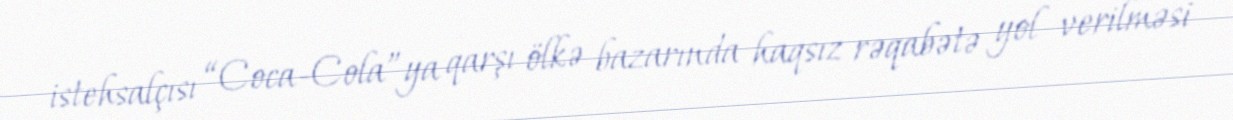
istehsalçısı “Coca-Cola”ya qarşı ölkə bazarında haqsız rəqabətə yol verilməsi